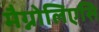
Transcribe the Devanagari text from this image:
मैग्नोलिएसि